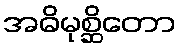
အဓိမုစ္ဆိတော